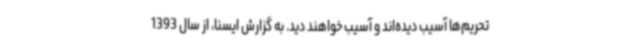
تحریم‌ها آسیب دیده‌اند و آسیب خواهند دید. به گزارش ایسنا، از سال 1393